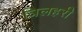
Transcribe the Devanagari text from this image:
त्रिलहरी